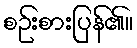
စဉ်းစားပြန်၏။